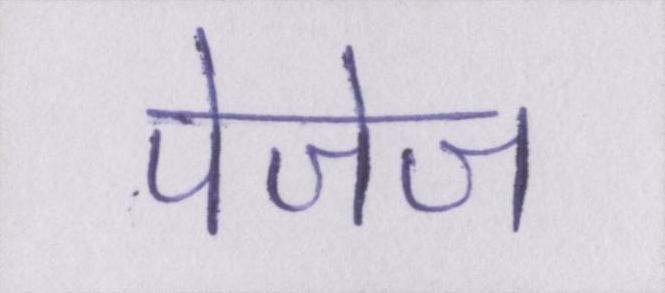
पेजेज